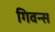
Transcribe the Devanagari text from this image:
गिवन्स